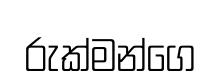
රුක්මන්ගෙ